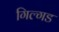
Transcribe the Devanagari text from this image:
गिल्गड